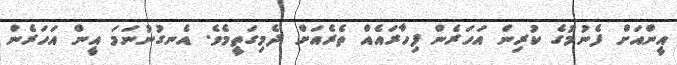
އީންއަށް ފެނުމުގެ ކުރިން އަހަރެން ފިހާރައެއް ތެރެއަށް ދެމިގަތީމެވެ. އެނގުނުނަމަ އީން އަހަރެން